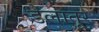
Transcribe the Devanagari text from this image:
डेलातूर